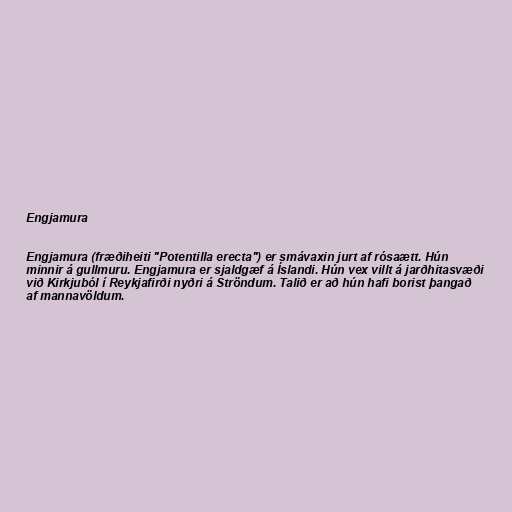
Engjamura

Engjamura (fræðiheiti "Potentilla erecta") er smávaxin jurt af rósaætt. Hún
minnir á gullmuru. Engjamura er sjaldgæf á Íslandi. Hún vex villt á jarðhitasvæði
við Kirkjuból í Reykjafirði nyðri á Ströndum. Talið er að hún hafi borist þangað
af mannavöldum.